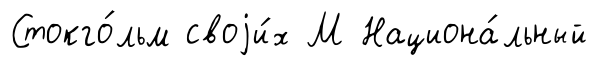
Стокго́льм своjи́х М Национа́льный